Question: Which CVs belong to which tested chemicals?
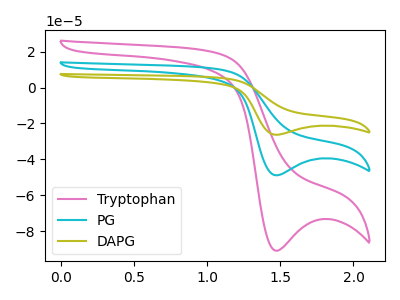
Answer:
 <answer>The pink curve is labeled "Tryptophan". The cyan curve is labeled "PG". The olive curve is labeled "DAPG".</answer>
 <eval></eval>